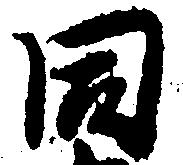
同